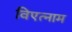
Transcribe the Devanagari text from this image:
विएत्नाम